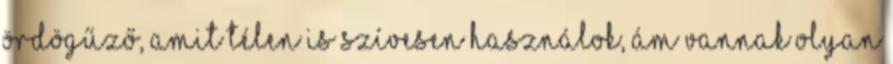
Ördögűző, amit télen is szívesen használok, ám vannak olyan